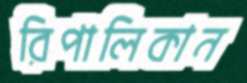
রিপালিকান